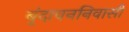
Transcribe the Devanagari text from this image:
बृंदावननिवासी